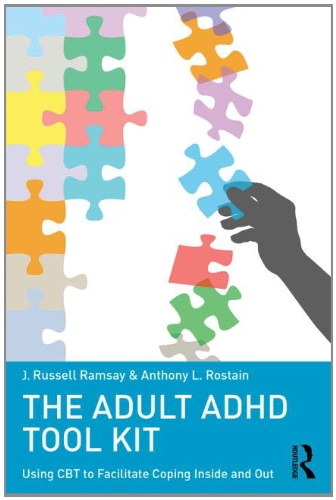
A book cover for The Adult ADHD Tool Kit: Using CBT to Facilitate Coping Inside and Out; J. Russell Ramsay; Health, Fitness & Dieting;